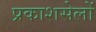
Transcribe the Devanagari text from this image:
प्रकाशसेलों